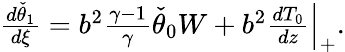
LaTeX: \begin{array}{r}{\frac{d\check{\theta}_{1}}{d\xi}=b^{2}\frac{\gamma-1}{\gamma}\check{\theta}_{0}W+b^{2}\frac{d{T}_{0}}{dz}\Big|_{+}.}\end{array}